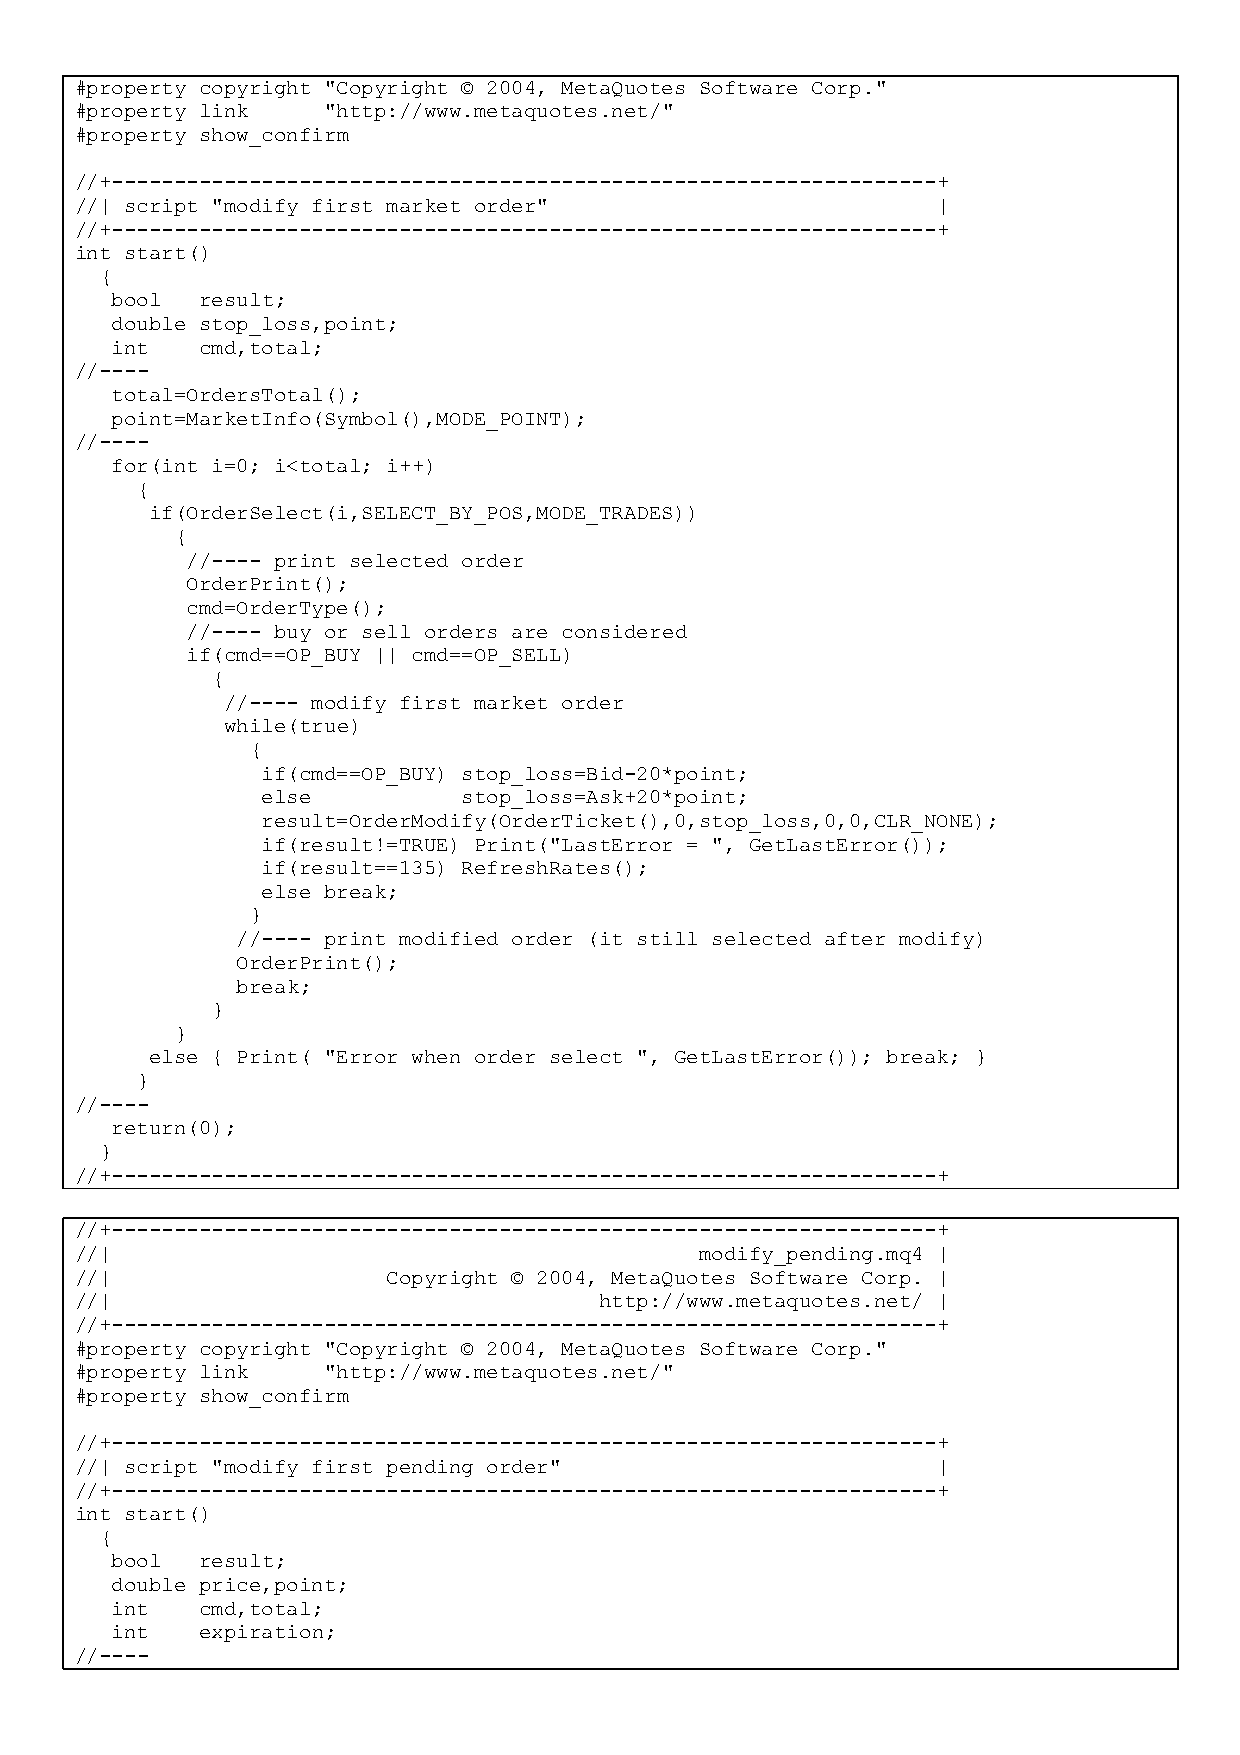
#property copyright "Copyright © 2004, MetaQuotes Software Corp."
 #property link  "http://www.metaquotes.net/"
 #property show_confirm
 //+------------------------------------------------------------------+
 //| script "modify first market order"                   |
 //+------------------------------------------------------------------+
 int start()
 {
 bool  result;
 double stop_loss,point;
 int   cmd,total;
 //----
 total=OrdersTotal();
 point=MarketInfo(Symbol(),MODE_POINT);
 //----
 for(int i=0; i<total; i++)
 {
 if(OrderSelect(i,SELECT_BY_POS,MODE_TRADES))
 {
 //---- print selected order
 OrderPrint();
 cmd=OrderType();
 //---- buy or sell orders are considered
 if(cmd==OP_BUY || cmd==OP_SELL)
 {
 //---- modify first market order
 while(true)
 {
 if(cmd==OP_BUY) stop_loss=Bid-20*point;
 else          stop_loss=Ask+20*point;
 result=OrderModify(OrderTicket(),0,stop_loss,0,0,CLR_NONE);
 if(result!=TRUE) Print("LastError = ", GetLastError());
 if(result==135) RefreshRates();
 else break;
 }
 //---- print modified order (it still selected after modify)
 OrderPrint();
 break;
 }
 }
 else { Print( "Error when order select ", GetLastError()); break; }
 }
 //----
 return(0);
 }
 //+------------------------------------------------------------------+
 //+------------------------------------------------------------------+
 //|                                      modify_pending.mq4 |
 //|                  Copyright © 2004, MetaQuotes Software Corp. |
 //|                                http://www.metaquotes.net/ |
 //+------------------------------------------------------------------+
 #property copyright "Copyright © 2004, MetaQuotes Software Corp."
 #property link  "http://www.metaquotes.net/"
 #property show_confirm
 //+------------------------------------------------------------------+
 //| script "modify first pending order"                  |
 //+------------------------------------------------------------------+
 int start()
 {
 bool  result;
 double price,point;
 int   cmd,total;
 int   expiration;
 //----